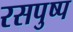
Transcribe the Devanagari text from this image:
रसपुष्प